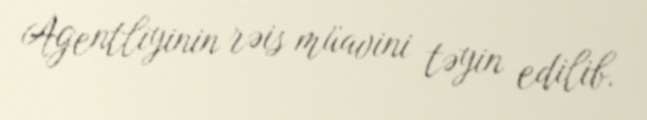
Agentliyinin rəis müavini təyin edilib.